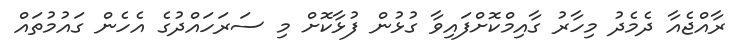
ރާއްޖެއާ ދެމެދު މިހާރު ގާއިމްކޮށްފައިވާ ގުޅުން ފުޅާކޮށް މި ސަރަހައްދުގެ އެހެން ގައުމުތައް